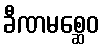
ခီဏမစ္ဆေဝ